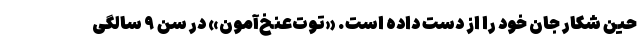
حین شکار جان خود را از دست داده است. «توت‌عنخ‌آمون» در سن ۹ سالگی